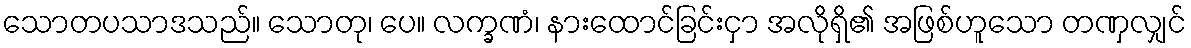
သောတပသာဒသည်။ သောတု၊ ပေ။ လက္ခဏံ၊ နားထောင်ခြင်းငှာ အလိုရှိ၏ အဖြစ်ဟူသော တဏှလျှင်